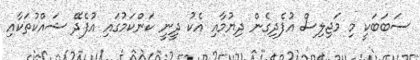
ސަބަބަކީ މި މަޖިލިސް އުފެދިގެން ދިޔުމާއި އެކު ދީނީ ކަންކަމުގައި އުފެދޭ ޝައްކުތަކާއި